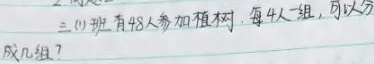
二、(1) 班有48人参加植树，每4人一组，可以分
成几组？